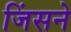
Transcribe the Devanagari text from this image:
जिंसने